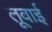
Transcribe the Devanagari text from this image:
तूवाई